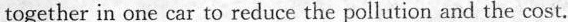
together in one car to reduce the pollution and the cost.